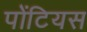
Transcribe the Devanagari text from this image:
पोंटियस